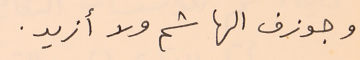
وجوزف الهاشم ولا أزيد.